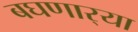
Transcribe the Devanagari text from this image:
बघणार्‍या